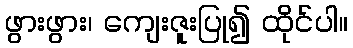
ဖွားဖွား၊ ကျေးဇူးပြု၍ ထိုင်ပါ။